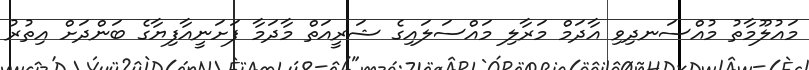
މައުލޫމާތު މުއްސަނދިވި އާދަމް މަރާލި މައްސަލައިގެ ޝަރީއަތް މާދަމާ ފަށަނީއާފިޔާގެ ބަންދަށް އިތުރު